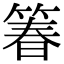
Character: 箺